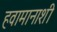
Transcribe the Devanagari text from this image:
हवामानाशी